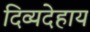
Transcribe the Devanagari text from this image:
दिव्यदेहाय